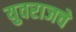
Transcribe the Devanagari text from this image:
युवराजचे